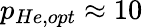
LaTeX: p_{He,opt}\approx 10